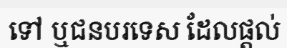
ទៅ ឬជនបរទេស ដែលផ្តល់